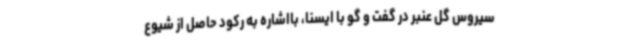
سیروس گل عنبر در گفت و گو با ایسنا، بااشاره به رکود حاصل از شیوع